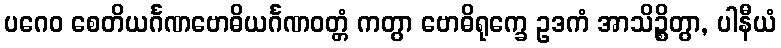
ပဂေဝ စေတိယင်္ဂဏဗောဓိယင်္ဂဏဝတ္တံ ကတွာ ဗောဓိရုက္ခေ ဥဒကံ အာသိဉ္စိတွာ, ပါနီယံ